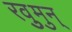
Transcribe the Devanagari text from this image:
रवुुमुन्